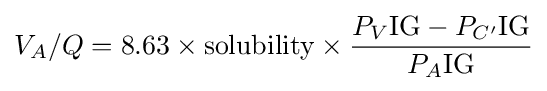
V_{A}/Q=8.63\times {\ce {solubility}}\times {\frac {P_{V}{\ce {IG}}-P_{C'}{\ce {IG}}}{P_{A}{\ce {IG}}}}